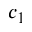
c _ { 1 }